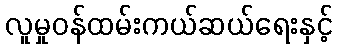
လူမှုဝန်ထမ်းကယ်ဆယ်ရေးနှင့်